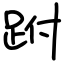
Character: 跗